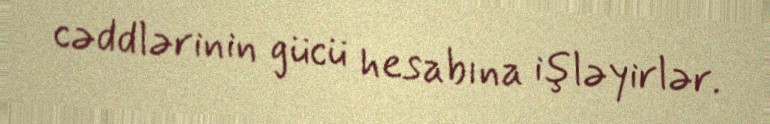
cəddlərinin gücü hesabına işləyirlər.